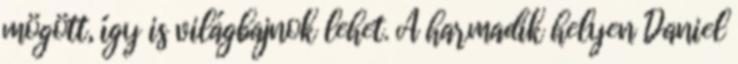
mögött, így is világbajnok lehet. A harmadik helyen Daniel